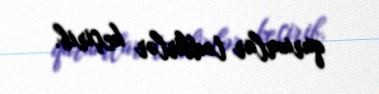
qurumlar tədbirlər keçirib.